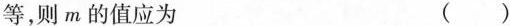
等，则m的值应为 ( )